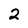
Character: 2